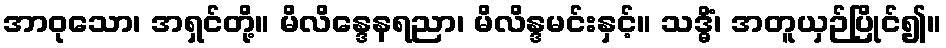
အာဝုသော၊ အရှင်တို့။ မိလိန္ဒေနရညာ၊ မိလိန္ဒမင်းနှင့်။ သဒ္ဓိံ၊ အတူယှဉ်ပြိုင်၍။